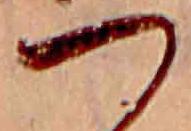
つ